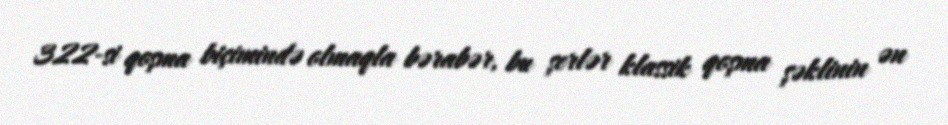
322-si qoşma biçimində olmaqla bərabər, bu şerlər klassik qoşma şəklinin ən